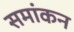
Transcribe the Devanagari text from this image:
समांकन